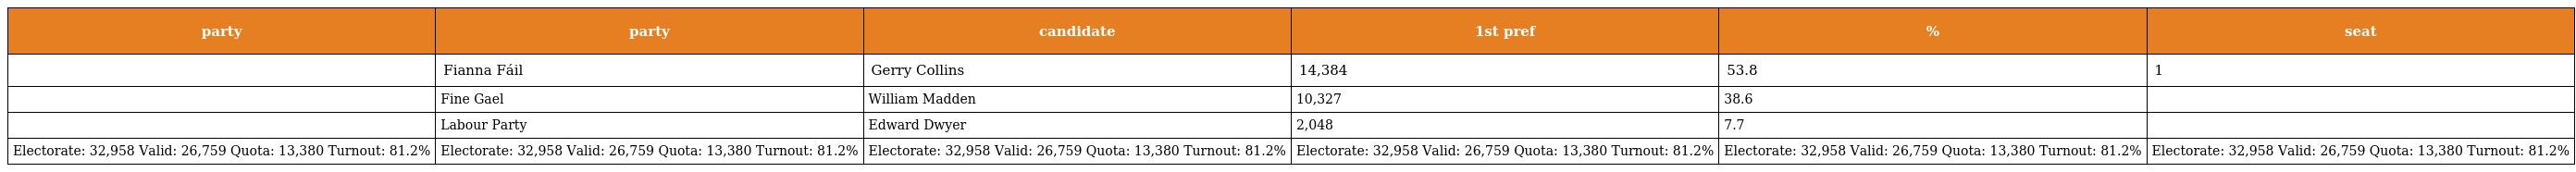
| party | party | candidate | 1st pref | % | seat |
 | --- | --- | --- | --- | --- | --- |
 |  | Fianna Fáil | Gerry Collins | 14,384 | 53.8 | 1 |
 |  | Fine Gael | William Madden | 10,327 | 38.6 |  |
 |  | Labour Party | Edward Dwyer | 2,048 | 7.7 |  |
 | Electorate: 32,958 Valid: 26,759 Quota: 13,380 Turnout: 81.2% | Electorate: 32,958 Valid: 26,759 Quota: 13,380 Turnout: 81.2% | Electorate: 32,958 Valid: 26,759 Quota: 13,380 Turnout: 81.2% | Electorate: 32,958 Valid: 26,759 Quota: 13,380 Turnout: 81.2% | Electorate: 32,958 Valid: 26,759 Quota: 13,380 Turnout: 81.2% | Electorate: 32,958 Valid: 26,759 Quota: 13,380 Turnout: 81.2% |